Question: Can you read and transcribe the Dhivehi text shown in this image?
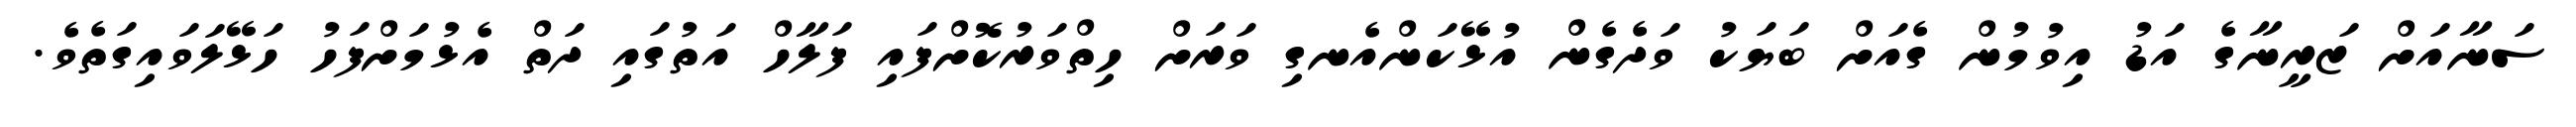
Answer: ސަނާއަށް ޒަރީނާގެ އަޑު އިވުމުން ގެއަށް ބަޔަކު ވަދެގެން އުޅޭކަންއެނގި ވަރަށް ހިތްވަރުކޮށްފައި ފަލާހް އަތުގައި ދަތް އެޅުމަށްފަހު ހަޅޭލަވައިގަތެވެ.